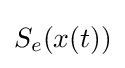
S_{e}(x(t))